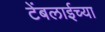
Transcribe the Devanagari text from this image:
टेंबलाईच्या